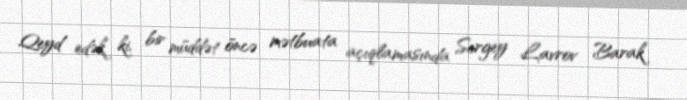
Qeyd edək ki, bir müddət öncə mətbuata açıqlamasında Sergey Lavrov Barak